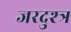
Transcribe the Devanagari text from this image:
जरदुश्त्र